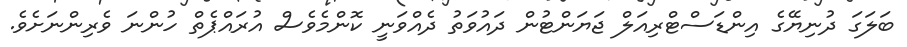
ބަލަގަ ދުނިޔޭގެ އިންޑަސްޓްރިއަލް ޖަޔަންޓުން ދައުވަތު ދެއްވަނީ ކޮންމެވެސް އުރައްޕެތް ހުންނަ ވެރިންނަށެވެ.